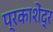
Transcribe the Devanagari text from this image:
प्रकाशेंद्र